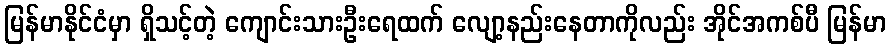
မြန်မာနိုင်ငံမှာ ရှိသင့်တဲ့ ကျောင်းသားဦးရေထက် လျော့နည်းနေတာကိုလည်း အိုင်အကစ်ပီ မြန်မာ